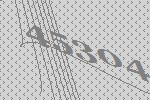
45304